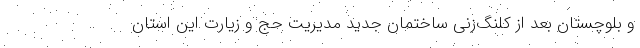
و بلوچستان بعد از کلنگ‌زنی ساختمان جدید مدیریت حج و زیارت این استان